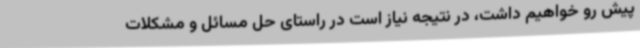
پیش رو خواهیم داشت، در نتیجه نیاز است در راستای حل مسائل و مشکلات